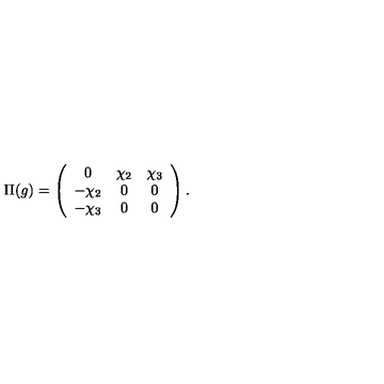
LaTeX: \Pi ( g ) = \left( \begin{array} { c c c } { 0 } & { \chi _ { 2 } } & { \chi _ { 3 } } \\ { - \chi _ { 2 } } & { 0 } & { 0 } \\ { - \chi _ { 3 } } & { 0 } & { 0 } \\ \end{array} \right) .